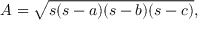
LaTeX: A = { \sqrt { s ( s - a ) ( s - b ) ( s - c ) } } ,